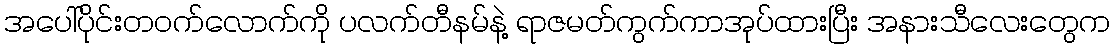
အပေါ်ပိုင်းတဝက်လောက်ကို ပလက်တီနမ်နဲ့ ရာဇမတ်ကွက်ကာအုပ်ထားပြီး အနားသီလေးတွေက